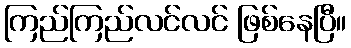
ကြည်ကြည်လင်လင် ဖြစ်နေပြီ။